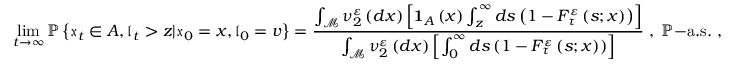
\operatorname* { l i m } _ { t \rightarrow \infty } \mathbb { P } \left\{ \mathfrak { x } _ { t } \in A , \mathfrak { l } _ { t } > z | \mathfrak { x } _ { 0 } = x , \mathfrak { l } _ { 0 } = v \right\} = \frac { \int _ { \mathcal { M } } \nu _ { 2 } ^ { \varepsilon } \left( d x \right) \left[ \mathbf { 1 } _ { A } \left( x \right) \int _ { z } ^ { \infty } d s \left( 1 - F _ { \tau } ^ { \varepsilon } \left( s ; x \right) \right) \right] } { \int _ { \mathcal { M } } \nu _ { 2 } ^ { \varepsilon } \left( d x \right) \left[ \int _ { 0 } ^ { \infty } d s \left( 1 - F _ { \tau } ^ { \varepsilon } \left( s ; x \right) \right) \right] } \; , \; \mathbb { P } \mathrm { - a . s . \ , }